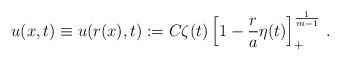
LaTeX: \begin{align*}u(x,t)\equiv u(r(x), t):= C \zeta(t) \left[ 1- \frac r a \eta(t) \right]_+^{\frac 1{m-1}}\,.\end{align*}